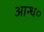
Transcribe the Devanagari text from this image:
आन्ध०